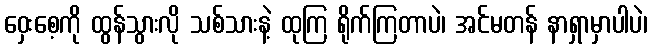
ဝှေးစေ့ကို ထွန်သွားလို သစ်သားနဲ့ ထုကြ ရိုက်ကြတာပဲ၊ အင်မတန် နာရှာမှာပါပဲ၊